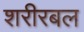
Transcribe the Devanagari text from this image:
शरीरबल